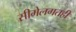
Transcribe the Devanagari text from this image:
सीमेलगतही